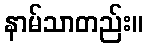
နာမ်သာတည်း။